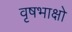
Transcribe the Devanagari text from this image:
वृषभाक्षो